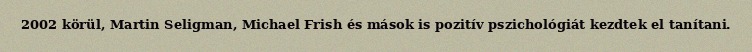
2002 körül, Martin Seligman, Michael Frish és mások is pozitív pszichológiát kezdtek el tanítani.